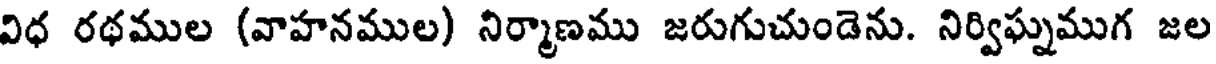
విధ రథముల (వాహనముల) నిర్మాణము జరుగుచుండెను. నిర్విఘ్నముగ జల